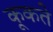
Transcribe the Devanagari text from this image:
कूकते